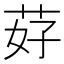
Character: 䒵